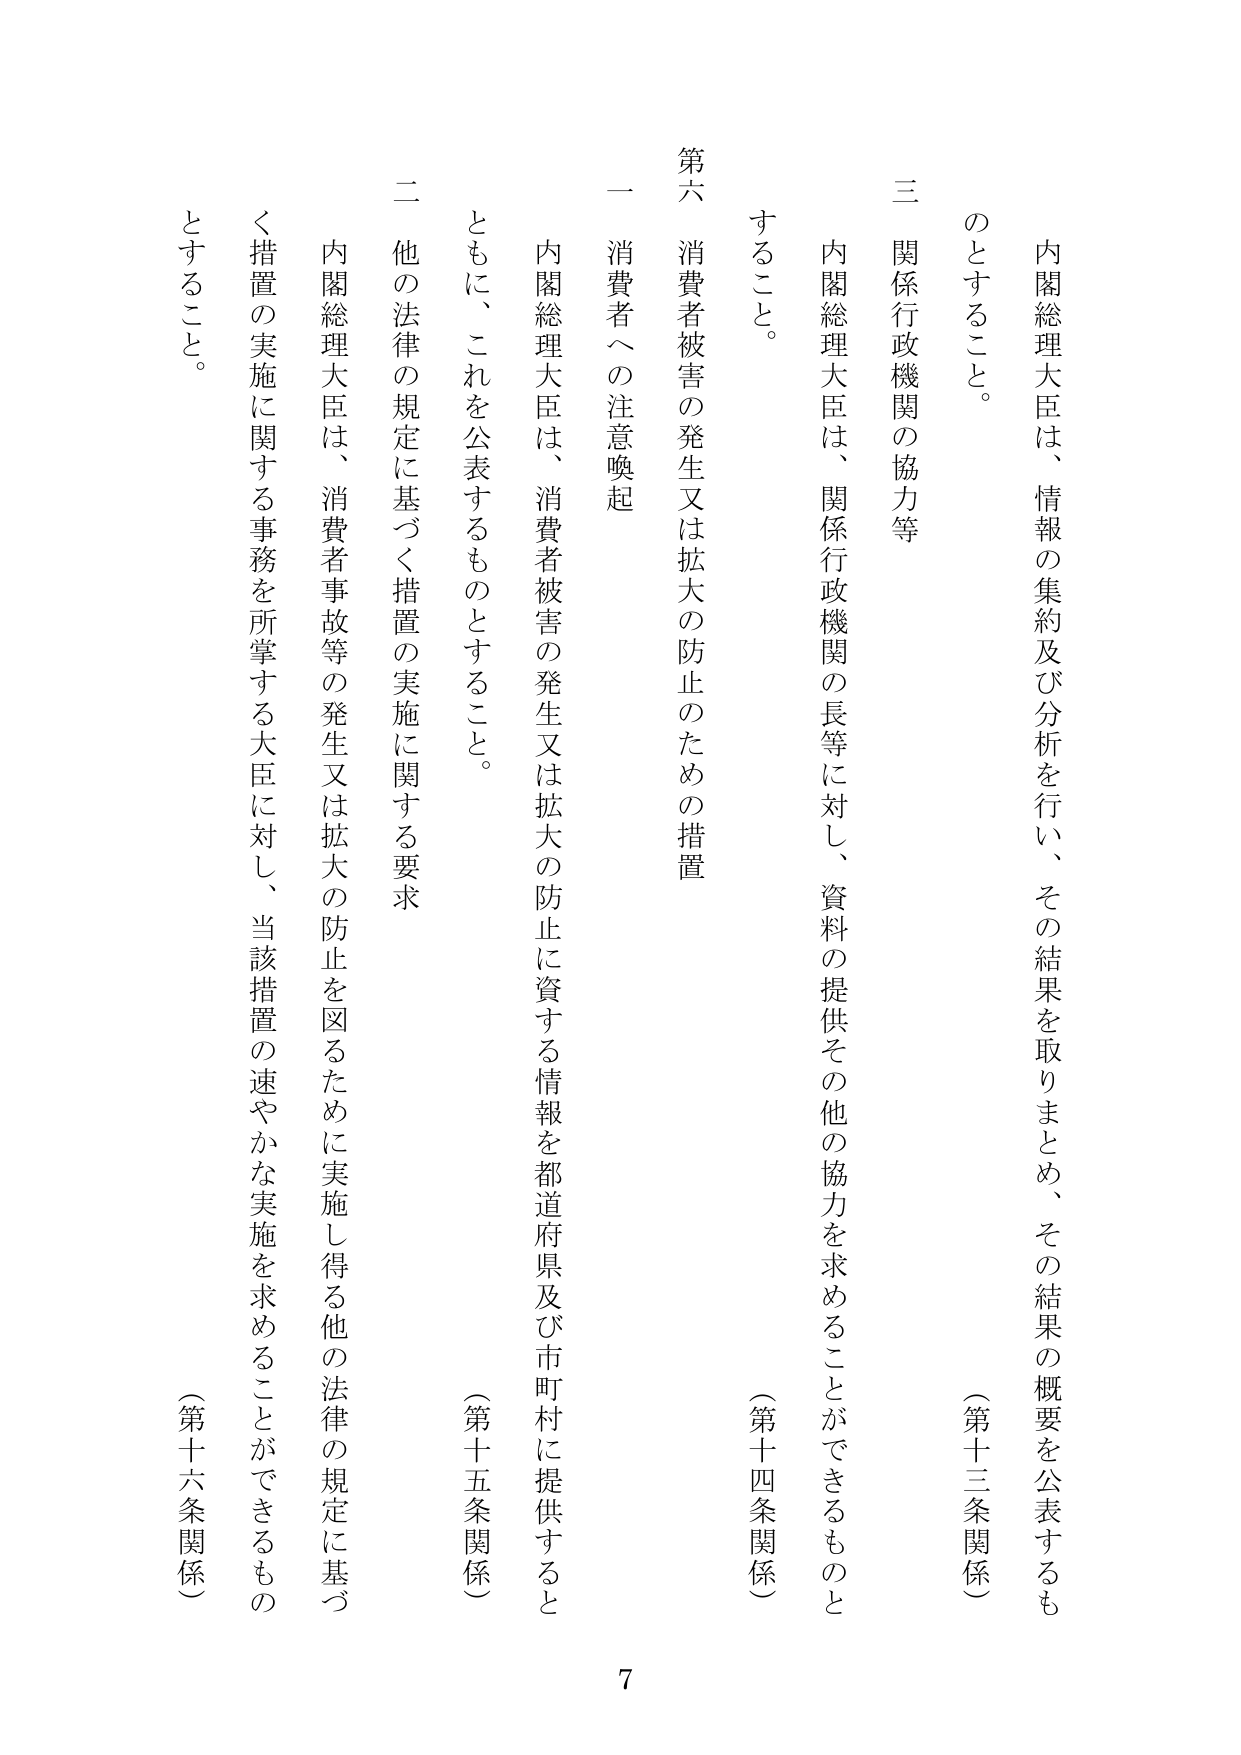
内閣総理大臣は、情報の集約及び分析を行い、その結果を取りまとめ、その結果の概要を公表するものとするこ と。

（第十三条関係）

三 関係行政機関の協力等

内閣総理大臣は、関係行政機関の長等に対し、資料の提供その他の協力を求めることができるものと すること。

（第十四条関係）

第六 消費者被害の発生又は拡大の防止のための措置

一 消費者への注意喚起

内閣総理大臣は、消費者被害の発生又は拡大の防止に資する情報を都道府県及び市町村に提供すると ともに、これを公表するものとすること。

（第十五条関係）

二 他の法律の規定に基づく措置の実施に関する要求

内閣総理大臣は、消費者事故等の発生又は拡大の防止を図るために実施し得る他の法律の規定に基づ く措置の実施に関する事務を所掌する大臣に対し、当該措置の速やかな実施を求めることができるもの とすること。

（第十六条関係）

7